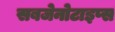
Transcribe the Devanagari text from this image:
सबजेनोटाइप्स